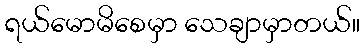
ရယ်မောမိစေမှာ သေချာမှာတယ်။